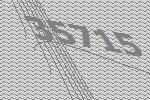
35715